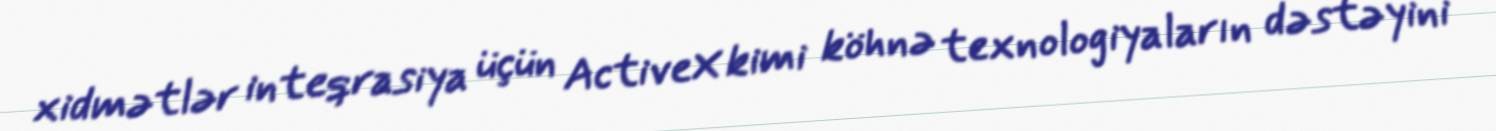
xidmətlər inteqrasiya üçün ActiveX kimi köhnə texnologiyaların dəstəyini